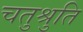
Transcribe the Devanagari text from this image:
चतुश्रुति